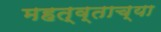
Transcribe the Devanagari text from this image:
महत्व्ताच्या